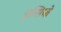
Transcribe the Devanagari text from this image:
नुन्सियो